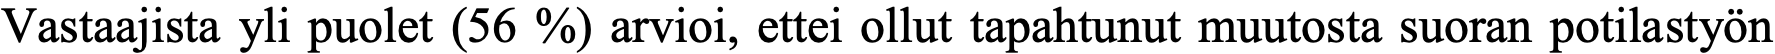
Vastaajista yli puolet (56 %) arvioi, ettei ollut tapahtunut muutosta suoran potilastyön